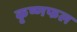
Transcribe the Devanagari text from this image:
कृष्णफल